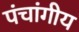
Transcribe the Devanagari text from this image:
पंचांगीय